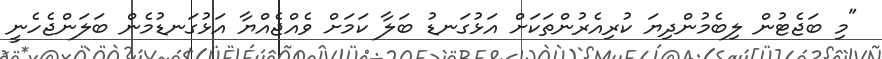
"މި ބަޖެޓުން ލިބެމުންދިޔަ ކުރިއެރުންތަކަށް އަޅުގަނޑު ބަލާ ކަމަށް ވެއްޖެއްޔާ އަޅުގަނޑުމެން ބަލަންޖެހެނީ